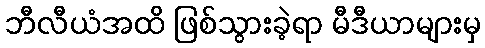
ဘီလီယံအထိ ဖြစ်သွားခဲ့ရာ မီဒီယာများမှ